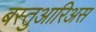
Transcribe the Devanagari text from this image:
बस्तुआरिअस